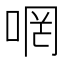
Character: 𠵜